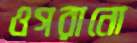
ওগরানো